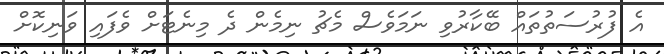
އެ ފުރުސަތުތައް ބޭކާރުވި ނަމަވެސް މެޗު ނިމެން ދެ މިނެޓަށް ވެފައި ވަނިކޮށް